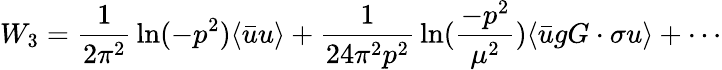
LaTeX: W_{3}={\frac{1}{2\pi^{2}}}\ln(-p^{2})\langle\bar{u}u\rangle+{\frac{1}{24\pi^{2}p^{2}}}\ln({\frac{-p^{2}}{\mu^{2}}})\langle\bar{u}gG\cdot\sigma u\rangle+\cdots